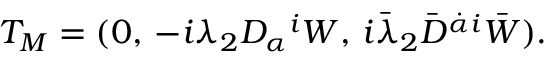
T _ { M } = ( 0 , \, - i \lambda _ { 2 } D _ { \alpha } { } ^ { i } W , \, i \bar { \lambda } _ { 2 } \bar { D } ^ { \dot { \alpha } i } \bar { W } ) .